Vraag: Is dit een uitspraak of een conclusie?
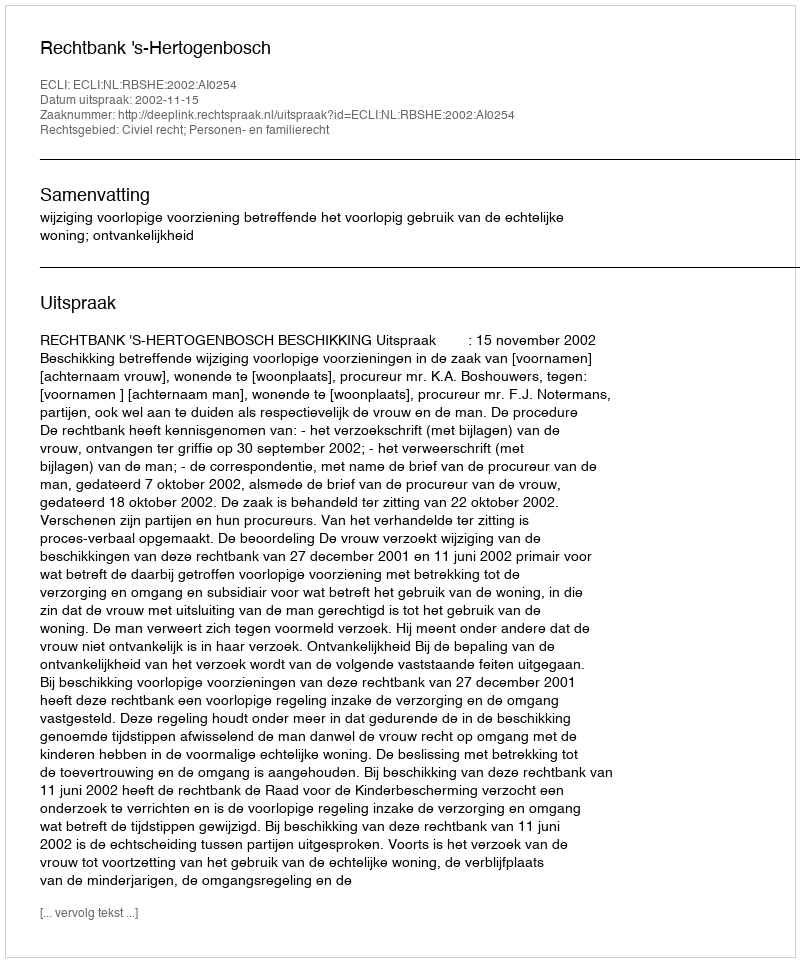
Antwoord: Uitspraak